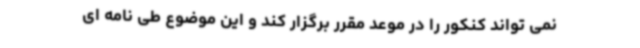
نمی تواند کنکور را در موعد مقرر برگزار کند و این موضوع طی نامه ای